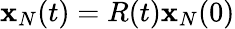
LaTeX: {\mathbf x}_{N}(t)=R(t){\mathbf x}_{N}(0)